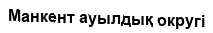
Манкент ауылдық округі